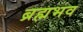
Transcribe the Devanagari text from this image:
ब्रह्मभव